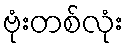
ဗုံးတစ်လုံး